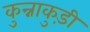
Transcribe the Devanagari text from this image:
कुन्नाकुड़ी